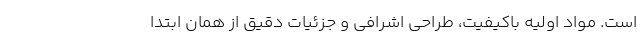
است. مواد اولیه باکیفیت، طراحی اشرافی و جزئیات دقیق از همان ابتدا